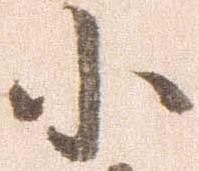
小